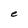
Character: e